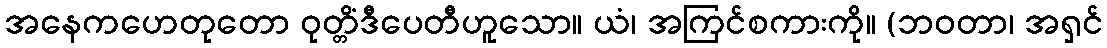
အနေကဟေတုတော ဝုတ္တိံဒီပေတီဟူသော။ ယံ၊ အကြင်စကားကို။ (ဘဝတာ၊ အရှင်